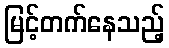
မြင့်တက်နေသည့်